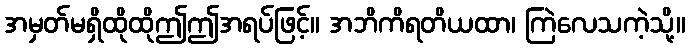
အမှတ်မရှိထိုထိုဤဤအရပ်ဖြင့်။ အဘိကိရတိယထာ၊ ကြဲလေသကဲ့သို့။